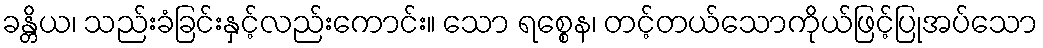
ခန္တိယ၊ သည်းခံခြင်းနှင့်လည်းကောင်း။ သော ရစ္စေန၊ တင့်တယ်သောကိုယ်ဖြင့်ပြုအပ်သော